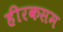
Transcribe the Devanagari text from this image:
हीरकसम